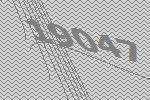
19047